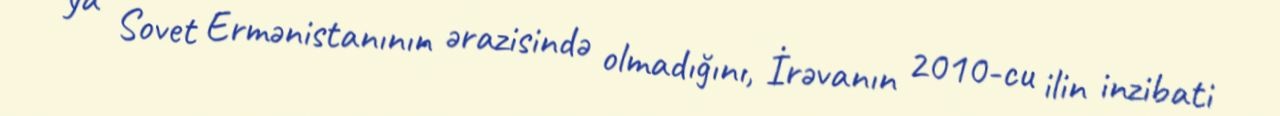
ya Sovet Ermənistanının ərazisində olmadığını, İrəvanın 2010-cu ilin inzibati